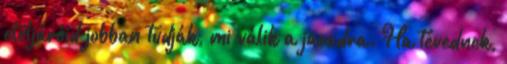
elöljáróid jobban tudják, mi válik a javadra. Ha tévednek,